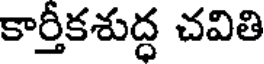
కార్తీకశుద్ధ చవితి